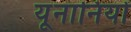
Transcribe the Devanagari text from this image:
यूनानियों